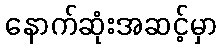
နောက်ဆုံးအဆင့်မှာ